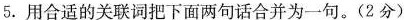
5. 用合适的关联词把下面两句话合并为一句。(2分)